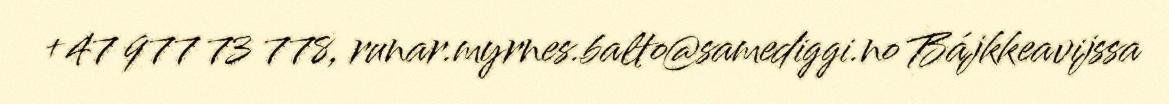
+47 977 73 778, runar.myrnes.balto@samediggi.no Bájkkeavijssa